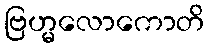
ဗြဟ္မလောကောတိ